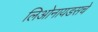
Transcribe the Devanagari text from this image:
लिओनायडसचे